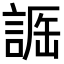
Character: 𧨵